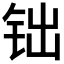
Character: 𨱄